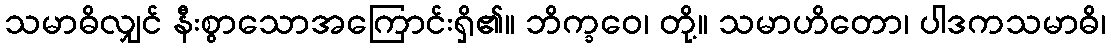
သမာဓိလျှင် နီးစွာသောအကြောင်းရှိ၏။ ဘိက္ခဝေ၊ တို့။ သမာဟိတော၊ ပါဒကသမာဓိ၊